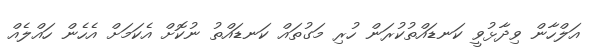
އަލްހާން ވިދާޅުވީ ކަނޑައްތުކުރަން ހުރި މަގުތައް ކަނޑައްތު ނުކޮށް އެކަމަށް އެހެން ހައްލެއް